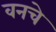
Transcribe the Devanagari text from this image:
वनचे